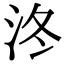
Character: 泈